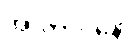
အာတာပိနော